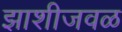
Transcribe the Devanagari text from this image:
झाशीजवळ